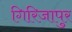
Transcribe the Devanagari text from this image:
गिरिजापुर